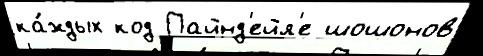
ка́ждых код Пайнд'ейл'е шошонов